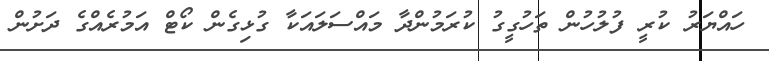
ހައްޔަރު ކުރީ ފުލުހުން ތަހުގީގު ކުރަމުންދާ މައްސަލައަކާ ގުޅިގެން ކޯޓް އަމުރެއްގެ ދަށުން